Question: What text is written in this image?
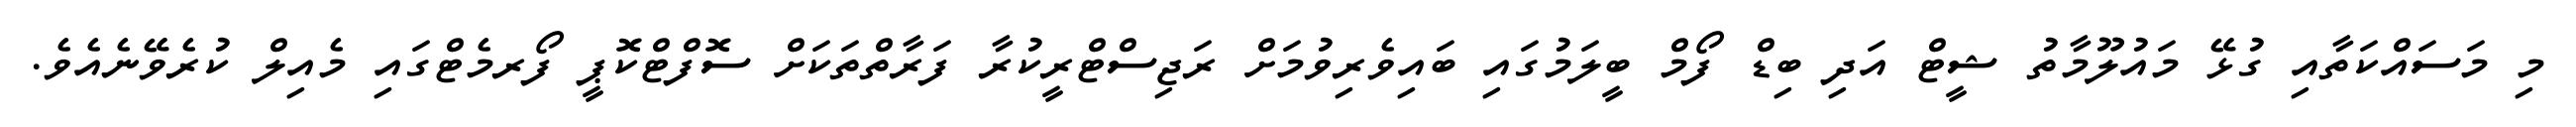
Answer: މި މަސައްކަތާއި ގުޅޭ މައުލޫމާތު ޝީޓް އަދި ބިޑް ފޯމް ބީލަމުގައި ބައިވެރިވުމަށް ރަޖިސްޓްރީކުރާ ފަރާތްތަކަށް ސޮފްޓްކޮޕީ ފޯރމެޓްގައި މެއިލް ކުރެވޭނެއެވެ.